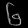
Digit: ၆